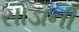
સોડાની